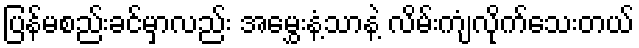
ပြန်မစည်းခင်မှာလည်း အမွှေးနံ့သာနဲ့ လိမ်းကျံလိုက်သေးတယ်